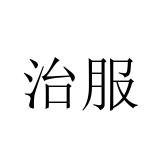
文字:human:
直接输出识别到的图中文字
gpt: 治服